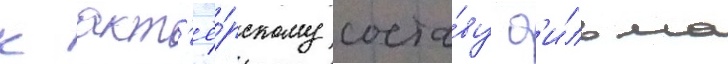
к акт'ё́рскому соста́ву ф'и́льма